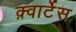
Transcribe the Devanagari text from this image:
क़्वार्टेस